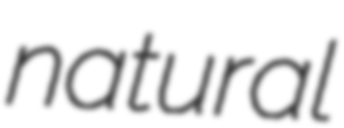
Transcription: natural